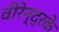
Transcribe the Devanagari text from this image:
वीरेन्द्रके